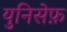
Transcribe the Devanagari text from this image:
युनिसेफ़